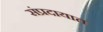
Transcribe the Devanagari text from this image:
संंप्रदायात